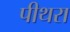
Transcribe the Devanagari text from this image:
पीथरा